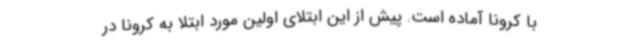
با کرونا آماده است. پیش از این ابتلای اولین مورد ابتلا به کرونا در